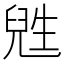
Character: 𬎸